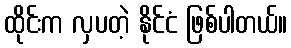
ထိုင်းက လှပတဲ့ နိုင်ငံ ဖြစ်ပါတယ်။